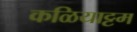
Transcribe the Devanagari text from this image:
कळियाट्टम